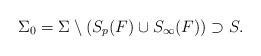
LaTeX: \begin{align*}\Sigma_0 = \Sigma \setminus (S_p(F) \cup S_{\infty}(F)) \supset S.\end{align*}